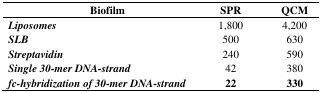
<table><thead><tr><td><b>Biofilm</b></td><td><b>SPR</b></td><td><b>QCM</b></td></tr></thead><tbody><tr><td><b><i>Liposomes</i></b></td><td>1,800</td><td>4,200</td></tr><tr><td><b><i>SLB</i></b></td><td>500</td><td>630</td></tr><tr><td><b><i>Streptavidin</i></b></td><td>240</td><td>590</td></tr><tr><td><b><i>Single 30-mer DNA-strand</i></b></td><td>42</td><td>380</td></tr><tr><td><b><i>fc-hybridization of 30-mer DNA-strand</i></b></td><td><b>22</b></td><td><b>330</b></td></tr></tbody></table>